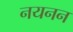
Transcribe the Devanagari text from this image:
नयनन